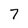
Character: 7